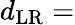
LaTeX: d_{\mathrm{LR}}=